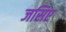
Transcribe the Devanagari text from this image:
जसिए